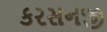
કરસનજી